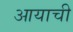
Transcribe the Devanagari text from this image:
आयाची